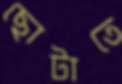
ছোটাতে